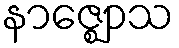
နာဇ္ဈောသ